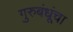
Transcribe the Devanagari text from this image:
गुरुबंधूंचा